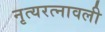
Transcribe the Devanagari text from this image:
नृत्यरत्नावली